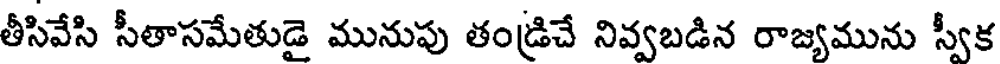
తీసివేసి సీతాసమేతుడై మునుపు తండ్రిచే నివ్వబడిన రాజ్యమును స్వీక